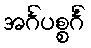
အင်္ဂပစ္စင်္ဂံ